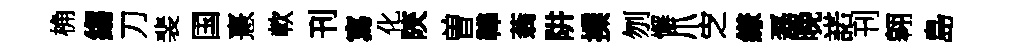
桷縐刀裴国憙軟刊寫化陝曽鞾蓊阱擈刎懈爪㝎縑磊晚諾刊翱島